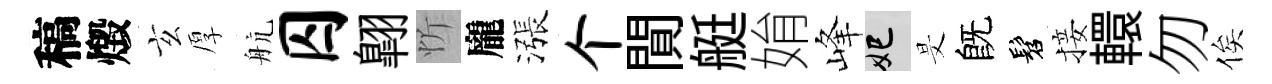
稿燬玄厚航囚翺忻龐漲个閴艇姢峰妃旻旣髫接轘勿俟